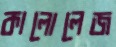
কালোলেজ